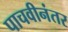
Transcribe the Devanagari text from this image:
पाचवीनंतर